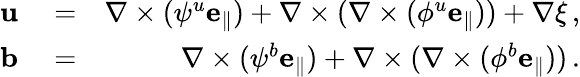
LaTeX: \begin{array}{rlr}{{\mathbf u}}&{{}=}&{\nabla\times(\psi^{u}{\mathbf e_{\parallel}})+\nabla\times(\nabla\times(\phi^{u}{\mathbf e_{\parallel}}))+\nabla\xi\, ,}\\ {{\mathbf b}}&{{}=}&{\nabla\times(\psi^{b}{\mathbf e_{\parallel}})+\nabla\times(\nabla\times(\phi^{b}{\mathbf e_{\parallel}}))\, .}\end{array}